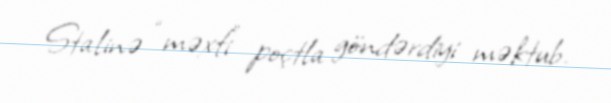
Stalinə “məxfi” poçtla göndərdiyi məktub.